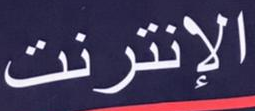
الإنترنت